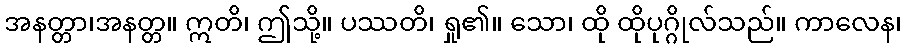
အနတ္တာ၊အနတ္တ။ ဣတိ၊ ဤသို့။ ပဿတိ၊ ရှု၏။ သော၊ ထို ထိုပုဂ္ဂိုလ်သည်။ ကာလေန၊